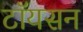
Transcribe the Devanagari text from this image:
टॉयसन